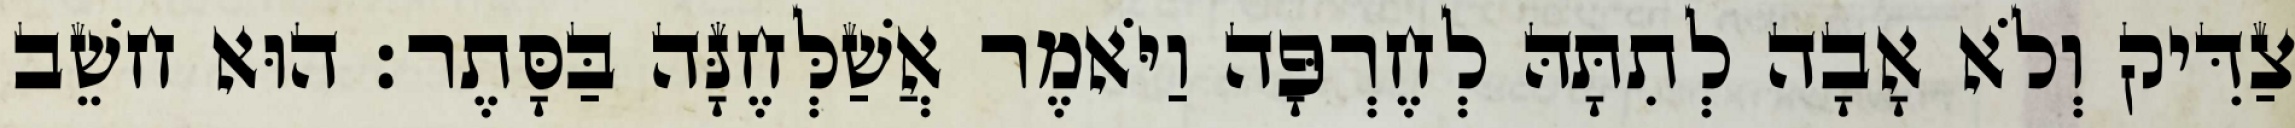
צַדִּיק וְלֹא אָבָה לְתִתָּהּ לְחֶרְפָּה וַיֹּאמֶר אֲשַׁלְּחֶנָּה בַּסָּתֶר׃ הוּא חשֵׁב